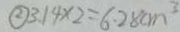
\textcircled { 2 } 3 . 1 4 \times 2 = 6 . 2 8 c m ^ { 3 }